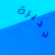
جديرة